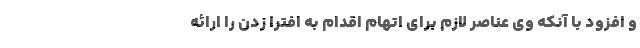
و افزود با آنکه وی عناصر لازم برای اتهام اقدام به افترا زدن را ارائه